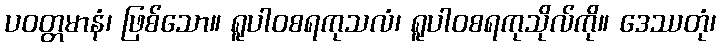
ပဝတ္တမာနံ၊ ဖြစ်သော။ ရူပါဝစရကုသလံ၊ ရူပါဝစရကုသိုလ်ကို။ ဒေဿတုံ၊